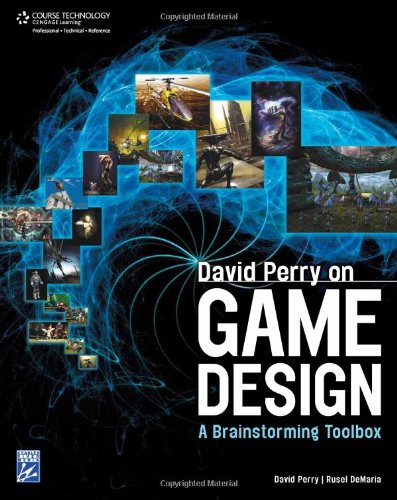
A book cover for David Perry on Game Design: A Brainstorming ToolBox; David Perry; Computers & Technology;